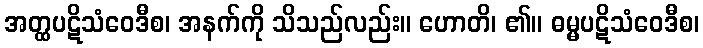
အတ္ထပဋိသံဝေဒီစ၊ အနက်ကို သိသည်လည်း။ ဟောတိ၊ ၏။ ဓမ္မပဋိသံဝေဒီစ၊